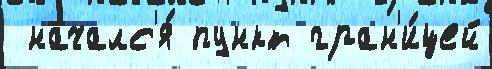
 началс'я́ пункт гран'и́цей